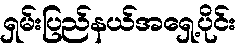
ရှမ်းပြည်နယ်အရှေ့ပိုင်း